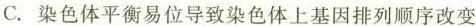
C.染色体平衡易位导致染色体上基因排列顺序改变